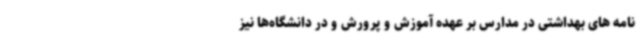
نامه های بهداشتی در مدارس بر عهده آموزش و پرورش و در دانشگاه‌ها نیز